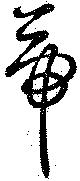
帝